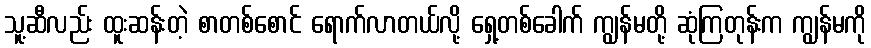
သူ့ဆီလည်း ထူးဆန်းတဲ့ စာတစ်စောင် ရောက်လာတယ်လို့ ရှေ့တစ်ခေါက် ကျွန်မတို့ ဆုံကြတုန်းက ကျွန်မကို